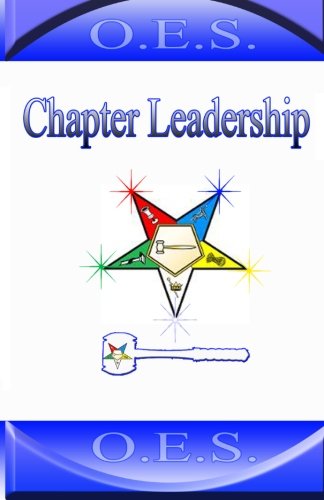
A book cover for Chapter Leadership; Kennedy Achille; Religion & Spirituality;